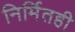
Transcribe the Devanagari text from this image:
निर्मितही